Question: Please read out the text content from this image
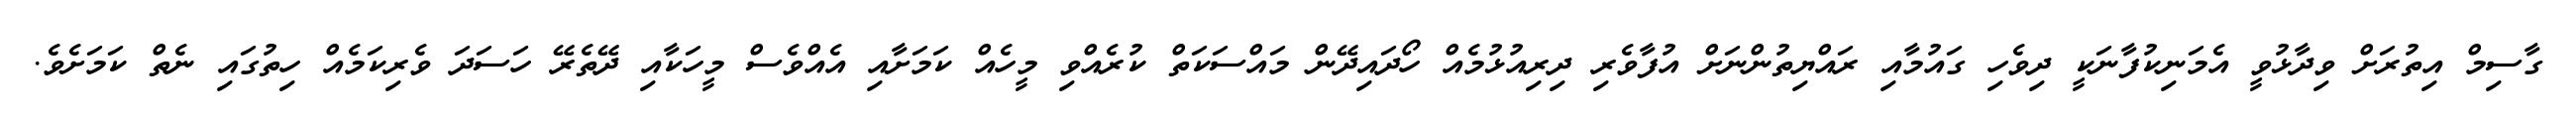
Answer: ގާސިމް އިތުރަށް ވިދާޅުވީ އެމަނިކުފާނަކީ ދިވެހި ގައުމާއި ރައްޔިތުންނަށް އުފާވެރި ދިރިއުޅުމެއް ހޯދައިދޭން މައްސަކަތް ކުރެއްވި މީހެއް ކަމަށާއި އެއްވެސް މީހަކާއި ދޭތެރޭ ހަސަދަ ވެރިކަމެއް ހިތުގައި ނެތް ކަމަށެވެ.